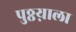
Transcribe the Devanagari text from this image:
पुठ्ठय़ाला